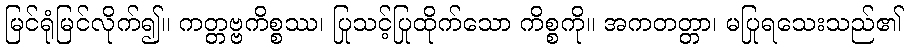
မြင်ရုံမြင်လိုက်၍။ ကတ္တဗ္ဗကိစ္စဿ၊ ပြုသင့်ပြုထိုက်သော ကိစ္စကို။ အကတတ္တာ၊ မပြုရသေးသည်၏